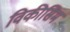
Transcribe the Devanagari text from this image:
विकीसिम